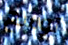
توسع